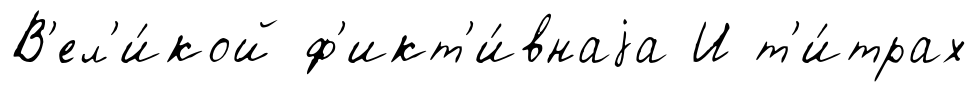
В'ел'и́кой ф'икт'и́внаjа И т'и́трах